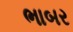
ભાબર